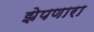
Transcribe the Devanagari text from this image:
झेपणारा